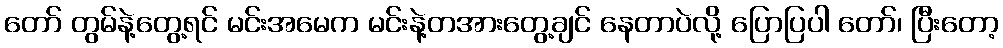
တော် တွမ်နဲ့တွေ့ရင် မင်းအမေက မင်းနဲ့တအားတွေ့ချင် နေတာပဲလို့ ပြောပြပါ တော်၊ ပြီးတော့